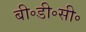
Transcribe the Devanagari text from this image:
बी॰डी॰सी॰